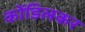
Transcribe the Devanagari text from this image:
कोंडिलकर